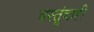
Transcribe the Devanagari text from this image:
वस्तूंचाही